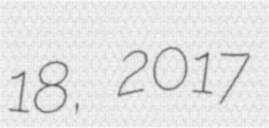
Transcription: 18, 2017